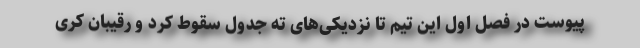
پیوست در فصل اول این تیم تا نزدیکی‌های ته جدول سقوط کرد و رقیبان کُری